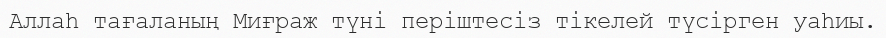
Аллаһ тағаланың Миғраж түні періштесіз тікелей түсірген уаһиы.